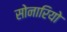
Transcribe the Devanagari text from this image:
सोनारियो